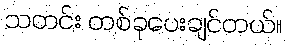
သတင်း တစ်ခုပေးချင်တယ်။